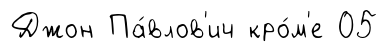
Джон Па́влов'ич кро́м'е 05